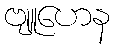
ဗျူဟေန